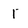
Character: 1